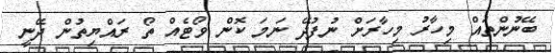
ބޭނުންތައް މިހާރު މިހާރަށް ނުފުދޭ ނަމަ ކޮން ވޯޓެއް ތޯ ރައްޔިތުން ދޭނީ